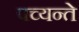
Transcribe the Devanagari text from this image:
पच्यन्ते